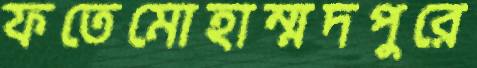
ফতেমোহাম্মদপুরে